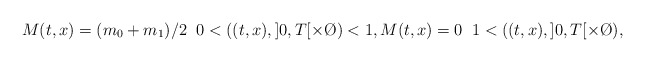
\begin{align*}M(t,x)= (m_0+m_1)/2 \; \; 0<((t,x),]0,T[\times\O)<1,M(t,x)=0 \; \; 1<((t,x),]0,T[\times\O),\end{align*}